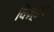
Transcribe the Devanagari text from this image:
विज़्डम